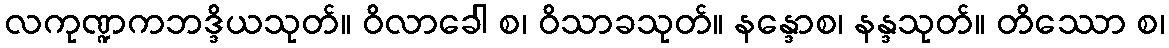
လကုဏ္ဍကဘဒ္ဒိယသုတ်။ ဝိလာခေါ စ၊ ဝိသာခသုတ်။ နန္ဒောစ၊ နန္ဒသုတ်။ တိဿော စ၊